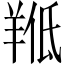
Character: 𱻍